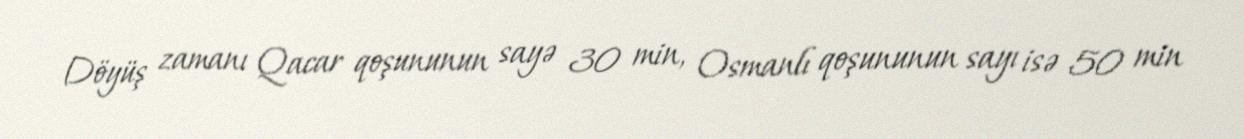
Döyüş zamanı Qacar qoşununun sayə 30 min, Osmanlı qoşununun sayı isə 50 min